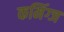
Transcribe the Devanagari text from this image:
कमिंग्ज